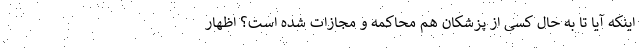
اینکه آیا تا به حال کسی از پزشکان هم محاکمه و مجازات شده است؟ اظهار